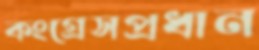
কংগ্রেসপ্রধান